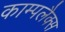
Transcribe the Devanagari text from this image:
काम्पलैक्स